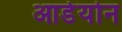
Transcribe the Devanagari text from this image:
आर्डेयोन